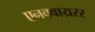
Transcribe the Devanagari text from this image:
एनक्वाय्ररर